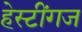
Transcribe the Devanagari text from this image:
हेस्टींगज